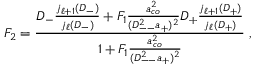
F _ { 2 } = \frac { D _ { - } \frac { j _ { \ell + 1 } ( D _ { - } ) } { j _ { \ell } ( D _ { - } ) } + F _ { 1 } \frac { a _ { c o } ^ { 2 } } { ( D _ { -- } ^ { 2 } a _ { + } ) ^ { 2 } } D _ { + } \frac { j _ { \ell + 1 } ( D _ { + } ) } { j _ { \ell } ( D _ { + } ) } } { 1 + F _ { 1 } \frac { a _ { c o } ^ { 2 } } { ( D _ { -- } ^ { 2 } a _ { + } ) ^ { 2 } } } \; ,